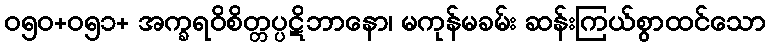
ဝ၅၀+ဝ၅၁+ အက္ခရဝိစိတ္တပ္ပဋိဘာနော၊ မကုန်မခမ်း ဆန်းကြယ်စွာထင်သော